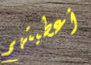
أعطيتهم